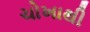
ચોખાથી